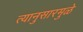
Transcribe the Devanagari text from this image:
त्यानुसारमुळे